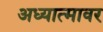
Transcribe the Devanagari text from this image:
अध्यात्मावर